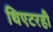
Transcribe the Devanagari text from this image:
थिएटरही